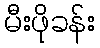
မီးဖိုခန်း